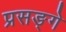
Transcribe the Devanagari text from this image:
प्रसङ्गे